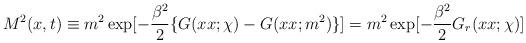
LaTeX: \begin{align*}M^2(x,t) \equiv m^2 \exp[-{\beta^2 \over2}\{G(xx;\chi)-G(xx;m^2) \} ]= m^2 \exp[-{\beta^2 \over2}G_r(xx;\chi)]\end{align*}